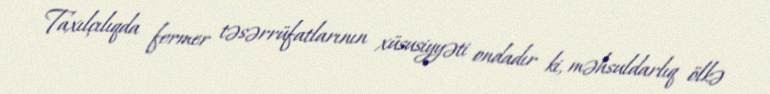
Taxılçılıqda fermer təsərrüfatlarının xüsusiyyəti ondadır ki, məhsuldarlıq ölkə